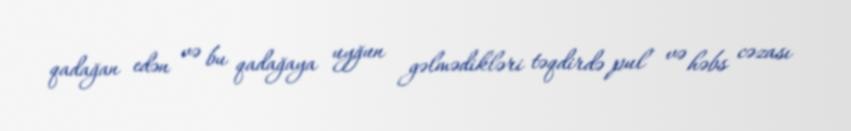
qadağan edən və bu qadağaya uyğun gəlmədikləri təqdirdə pul və həbs cəzası